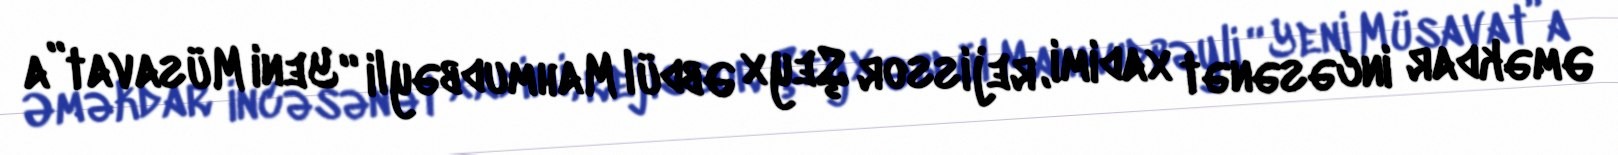
Əməkdar incəsənət xadimi, rejissor Şeyx Əbdül Mahmudbəyli “Yeni Müsavat”a